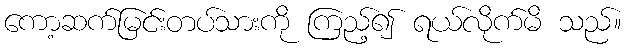
ကော့ဆက်မြင်းတပ်သားကို ကြည့်၍ ရယ်လိုက်မိ သည်။